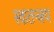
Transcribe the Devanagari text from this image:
स्वातन्त्रय